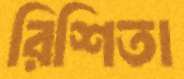
রিশিতা